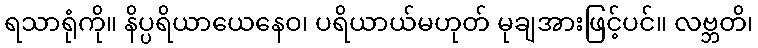
ရသာရုံကို။ နိပ္ပရိယာယေနေဝ၊ ပရိယာယ်မဟုတ် မုချအားဖြင့်ပင်။ လဗ္ဘတိ၊